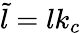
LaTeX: \tilde{l}=lk_{c}